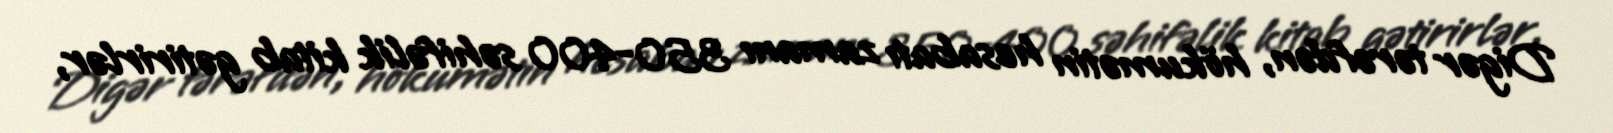
Digər tərəfdən, hökumətin hesabatı zamanı 350-400 səhifəlik kitab gətirirlər,